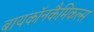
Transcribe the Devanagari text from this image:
बायकॉनकैमिकल्स